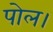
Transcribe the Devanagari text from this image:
पोल।